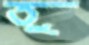
তু